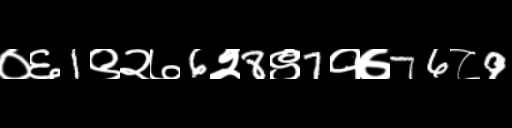
Text: ०६1९२७6२8९7१७76८9